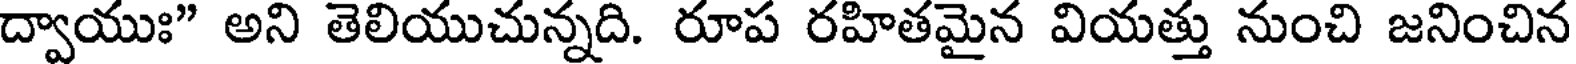
ద్వాయుః" అని తెలియుచున్నది. రూప రహితమైన వియత్తు నుంచి జనించిన